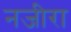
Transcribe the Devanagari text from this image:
नजीरा